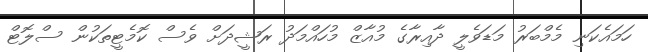
ހަމައެކަނި މެމްބަރު މަޑަވެލީ ދާއިރާގެ މުއާޒް މުހައްމަދު ރަޝީދަށް ވެސް ކޮމެޓީތަކުން ސްލޮޓް